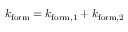
k _ { \mathrm { f o r m } } = k _ { \mathrm { f o r m } , 1 } + k _ { \mathrm { f o r m } , 2 }